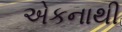
એકનાથી